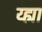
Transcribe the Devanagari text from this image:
य्ह्या